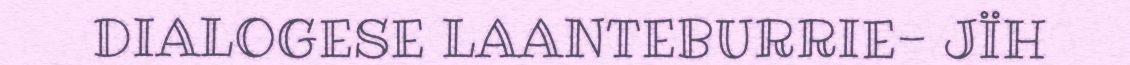
DIALOGESE LAANTEBURRIE- JÏH